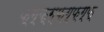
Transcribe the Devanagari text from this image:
फ्ग्फ्ग्फ्ग्फ्ग्फ्